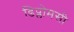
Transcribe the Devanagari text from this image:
डिप्लोमसी